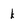
Character: k